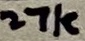
Text: 27k